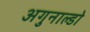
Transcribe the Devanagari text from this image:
अगुनाल्डो